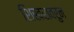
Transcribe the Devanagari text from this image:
शिखरावरुन